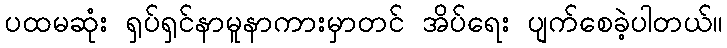
ပထမဆုံး ရှပ်ရှင်နာမူနာကားမှာတင် အိပ်ရေး ပျက်စေခဲ့ပါတယ်။